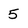
Character: 5